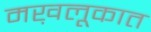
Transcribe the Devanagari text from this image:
मख़लूकात